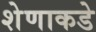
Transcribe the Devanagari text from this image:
शेणाकडे